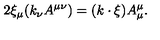
2 \xi _ { \mu } ( k _ { \nu } A ^ { \mu \nu } ) = ( k \cdot \xi ) A _ { \mu } ^ { \mu } .